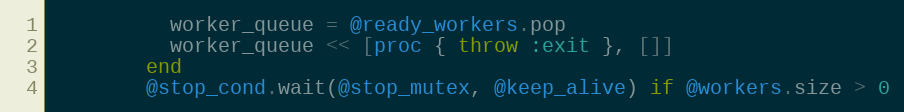
Language: Ruby
          worker_queue = @ready_workers.pop
          worker_queue << [proc { throw :exit }, []]
        end
        @stop_cond.wait(@stop_mutex, @keep_alive) if @workers.size > 0